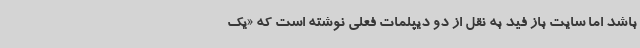
باشد اما سایت باز فید به نقل از دو دیپلمات فعلی نوشته است که «یک